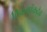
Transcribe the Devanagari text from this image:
विक्रमांकदेव